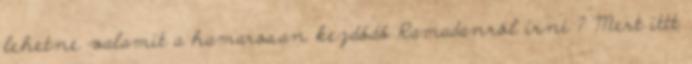
lehetne valamit a hamarosan kezdődő Ramadanról írni ? Mert ittt